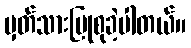
မှတ်သားပြုစုခဲ့ပါတယ်။